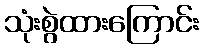
သုံးစွဲထားကြောင်း